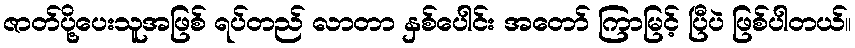
ဇာတ်ပို့ပေးသူအဖြစ် ရပ်တည် လာတာ နှစ်ပေါင်း အတော် ကြာမြင့် ပြီပဲ ဖြစ်ပါတယ်။